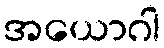
အယောဂါ